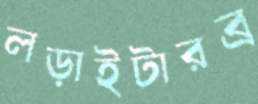
লড়াইটারব্র